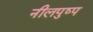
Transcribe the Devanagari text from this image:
नीलपुष्प